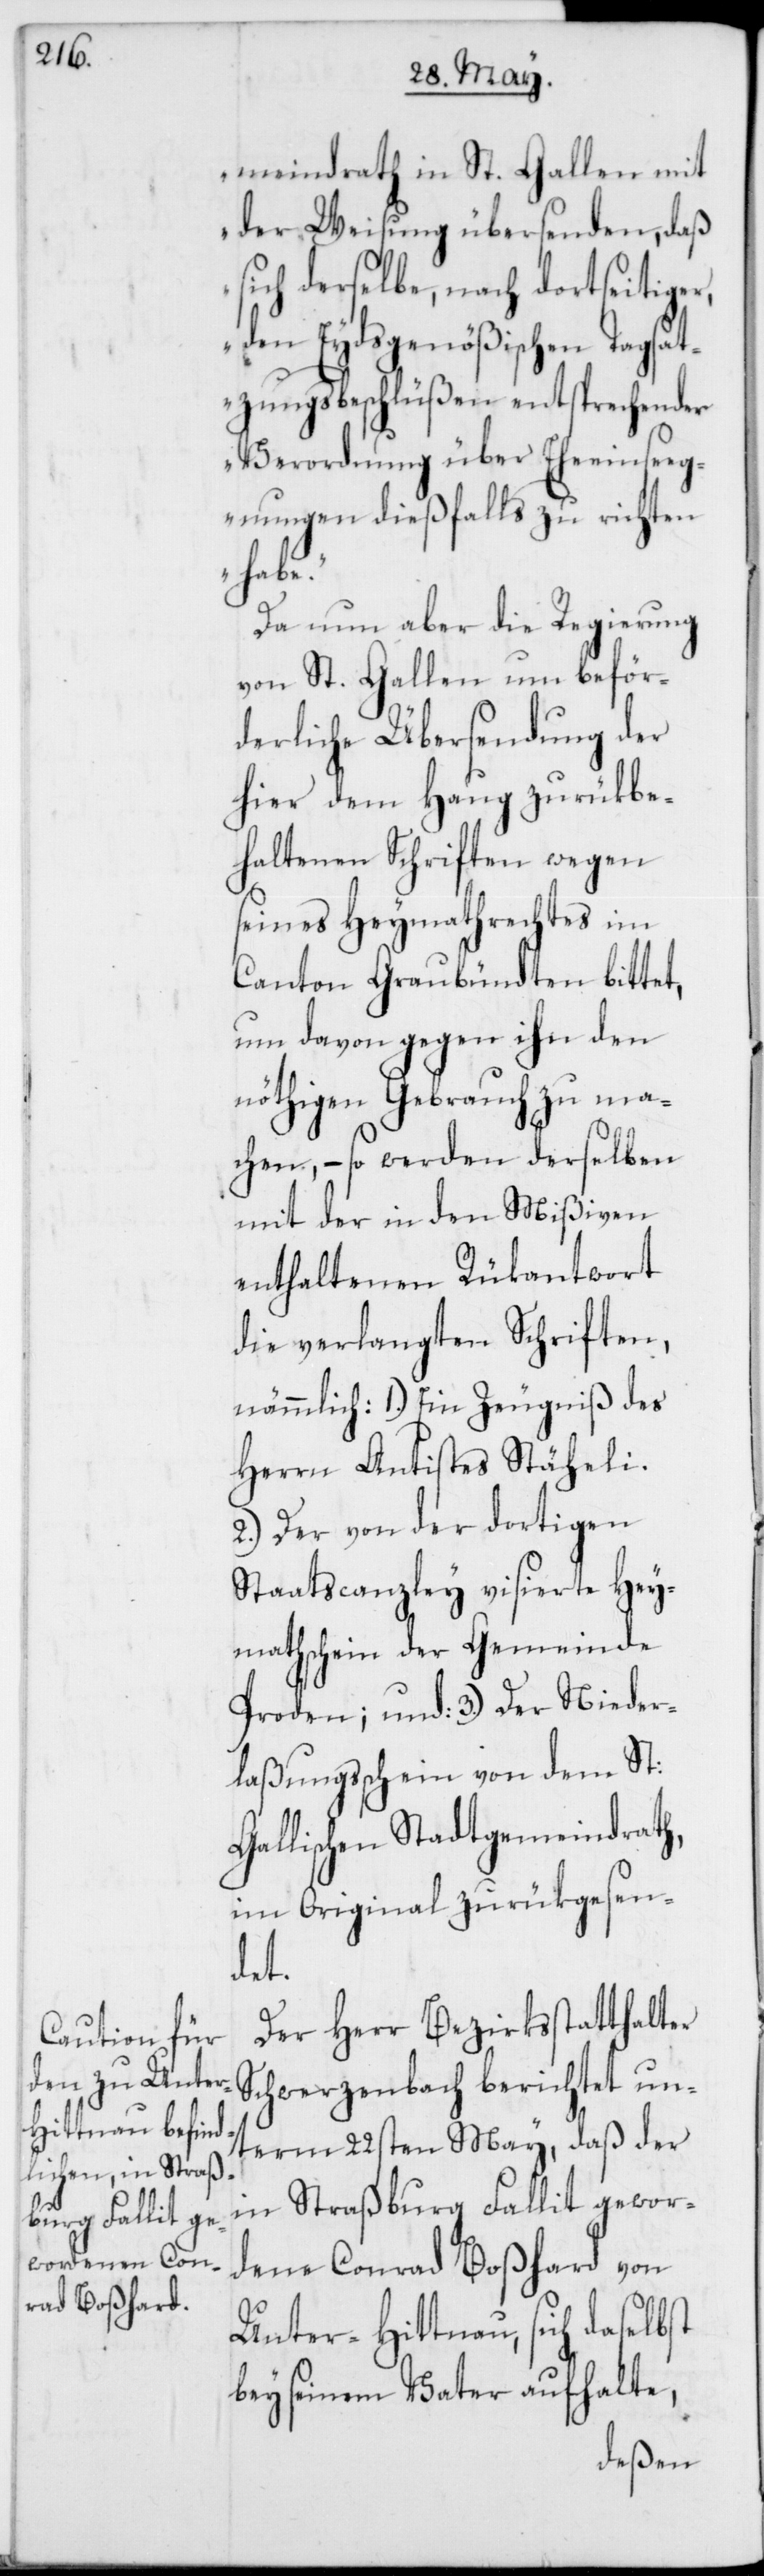
meindrath in St. Gallen mit
der Weisung übersenden, daß
sich derselbe, nach dortseitiger,
den Eydsgenößischen Tagsat¬
zungsbeschlüßen entsprechender
Verordnung über Eheeinseeg¬
nungen dießfalls zu richten
habe.“
Da nun aber die Regierung
von St. Gallen um beför¬
derliche Übersendung der
hier dem Haug zurükbe¬
haltenen Schriften wegen
seines Heymathrechtes im
Canton Graubündten bittet,
um davon gegen ihn den
nöthigen Gebrauch zu ma¬
chen, – so werden derselben
mit der in den Mißiven
enthaltenen Rükantwort
die verlangten Schriften,
nämmlich: 1.) Ein Zeugniß des
Herrn Antistes Stäheli.
2.) Der von der dortigen
Staatscanzley visierte Hey¬
mathschein der Gemeinde
Proden; und 3.) Der Nieder¬
laßungsschein von dem St.
Gallischen StadtGemeindrath,
im Original zurükgesen¬
det.
Der Herr Bezirksstatthalter
Schwerzenbach berichtet un¬
term 22sten May, daß der
in Straßburg Fallit gewor¬
dene Conrad Boßhard von
Unter-Hittnau, sich daselbst
bey seinem Vater aufhalte,